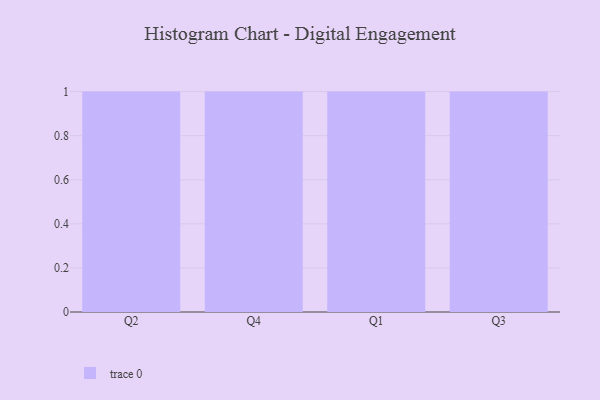
{"axis": {"x": "Quarter", "y": "Gross Profit (USD K)"}, "legend": [""], "data": [{"x": "Q2", "y": 31, "type": ""}, {"x": "Q4", "y": 30, "type": ""}, {"x": "Q1", "y": 1, "type": ""}, {"x": "Q3", "y": 98, "type": ""}]}